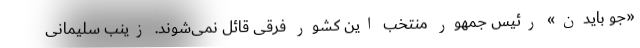
«جو بایدن» رئیس جمهور منتخب این کشور فرقی قائل نمی‌شوند. زینب سلیمانی